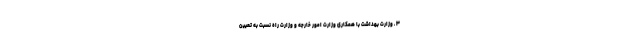
۳ ـ وزارت بهداشت با همکاری وزارت امور خارجه و وزارت راه نسبت به تعیین